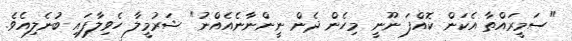
"ސަމީރައްތާ އެކަން ކޮއްފަ ނޫނީ މިހެން ދެން ނީންނާނެއެއްނު" ޝަރުމީލާ ހެވިލާފައި ބުނެލިއެވެ.